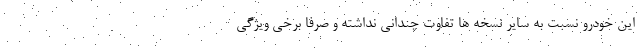
این خودرو نسبت به سایر نسخه ها تفاوت چندانی نداشته و صرفاً برخی ویژگی